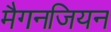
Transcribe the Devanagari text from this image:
मैगनजियन